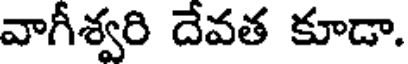
వాగీశ్వరి దేవత కూడా.